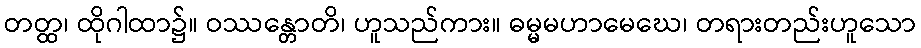
တတ္ထ၊ ထိုဂါထာ၌။ ဝဿန္တောတိ၊ ဟူသည်ကား။ ဓမ္မမဟာမေဃေ၊ တရားတည်းဟူသော